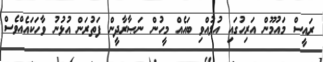
ރައީސް މައުމޫން އަރިހުގައި އުޅުއްވި ބައެއް މީހުން ނަޞާރާދީން ފަތުރަން އުޅުނު ވާހަކައެއްވެސް